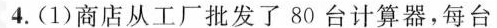
4.(1)商店从工厂批发了80台计算器，每台